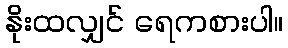
နိုးထလျှင် ရေကစားပါ။